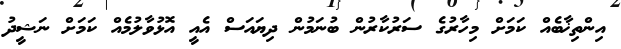
އިންތިޚާބެއް ކަމަށް މިހާރުގެ ސަރުކާރުން ބުނަމުން ދިޔައަސް އެއީ އޮޅުވާލުމެއް ކަމަށް ނަޝީދު